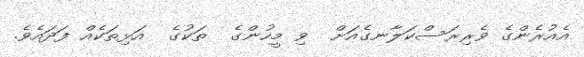
އެއުރެންގެ ވެރިރަސްކަލާނގެއަށް  ވި މީހުންގެ  ތަކުގެ  އަޅިތަކެއް ފަދައެވެ.